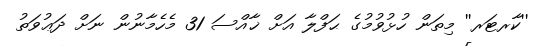
''ކާރޓަރ'' މިތަން ހުޅުވުމުގެ ޙަފްލާ އަށް ޚާއްސަ 31 މެހެމާނުން ނަށް ދަޢުވަތު